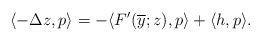
\begin{align*}\langle -\Delta z , p \rangle = - \langle F'(\overline{y}; z), p \rangle + \langle h, p \rangle.\end{align*}